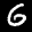
Label: 6